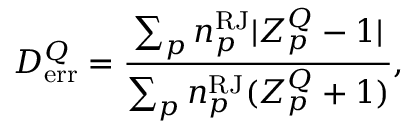
{ \cal D } _ { \mathrm { e r r } } ^ { Q } = \frac { \sum _ { p } n _ { p } ^ { \mathrm { R J } } | Z _ { p } ^ { Q } - 1 | } { \sum _ { p } n _ { p } ^ { \mathrm { R J } } ( Z _ { p } ^ { Q } + 1 ) } ,